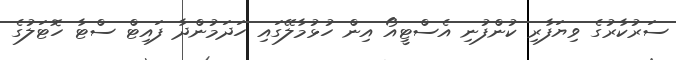
ސަރުކާރުގެ ވިޔަފާރި ކުންފުނި އެސްޓީއޯ އިން ހުޅުމާލޭގައި ހަދަމުންދާ ފައިޓް ސްޓާ ހޮޓަލުގެ